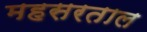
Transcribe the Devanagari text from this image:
महसरताल